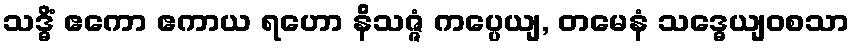
သဒ္ဓိံ ဧကော ဧကာယ ရဟော နိသဇ္ဇံ ကပ္ပေယျ, တမေနံ သဒ္ဓေယျဝစသာ